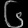
Digit: ၆